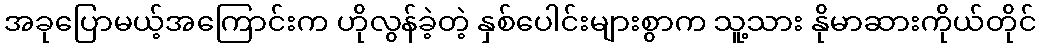
အခုပြောမယ့်အကြောင်းက ဟိုလွန်ခဲ့တဲ့ နှစ်ပေါင်းများစွာက သူ့သား နိုမာဆားကိုယ်တိုင်